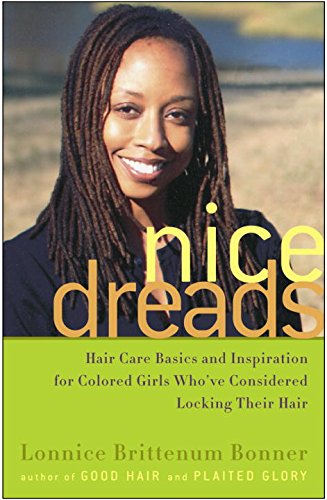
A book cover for Nice Dreads: Hair Care Basics and Inspiration for Colored Girls Who've Considered Locking Their Hair; Lonnice Brittenum Bonner; Health, Fitness & Dieting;